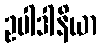
ဥပါဒါနိယာ